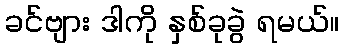
ခင်ဗျား ဒါကို နှစ်ခုခွဲ ရမယ်။